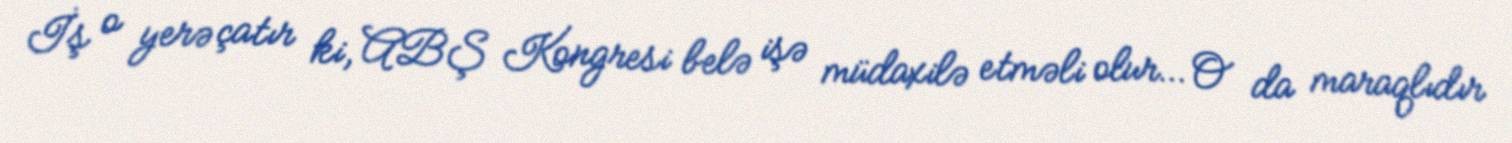
İş o yerə çatır ki, ABŞ Kongresi belə işə müdaxilə etməli olur… O da maraqlıdır